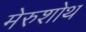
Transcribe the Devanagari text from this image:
मेरुशोथ